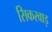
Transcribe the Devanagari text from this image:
सिकरवाड़